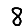
Digit: 8